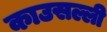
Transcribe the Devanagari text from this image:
काउसल्ली